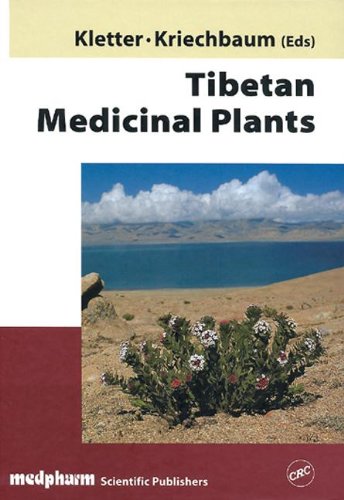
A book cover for Tibetan Medicinal Plants; Medical Books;